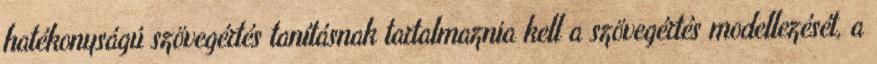
hatékonyságú szövegértés tanításnak tartalmaznia kell a szövegértés modellezését, a